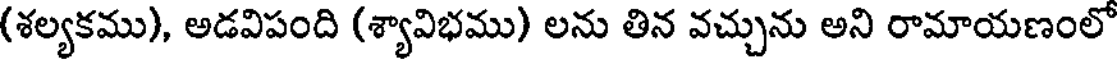
(శల్యకము), అడవిపంది (శ్యావిభము) లను తిన వచ్చును అని రామాయణంలో